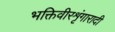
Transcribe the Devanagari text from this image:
भक्तिवीरशृंगारादी